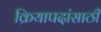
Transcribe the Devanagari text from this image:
क्रियापदांसाठी